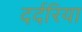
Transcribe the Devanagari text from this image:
दर्दरिया